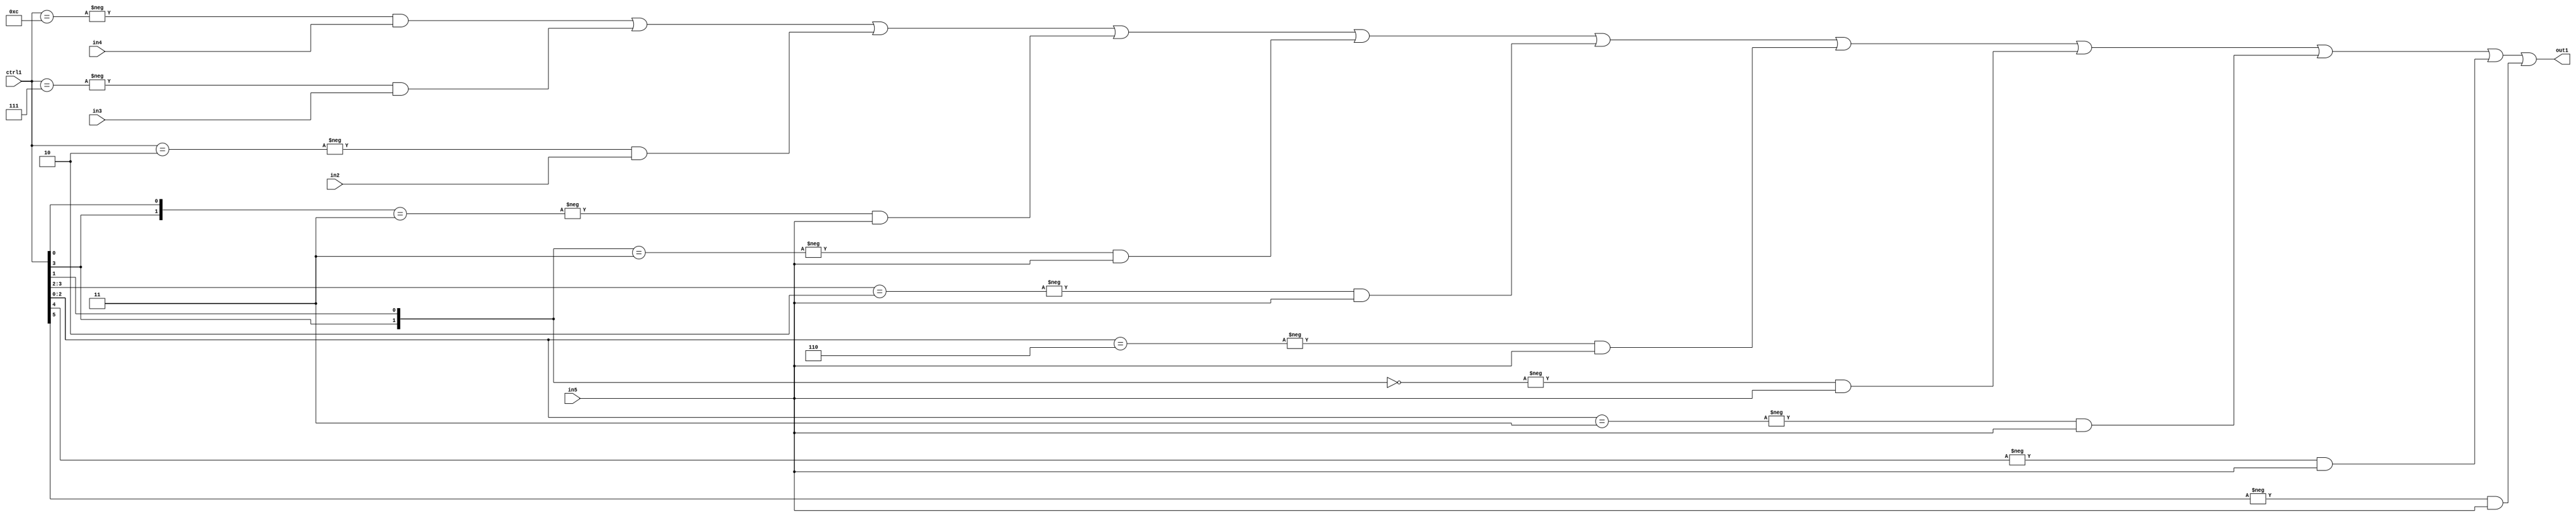
`timescale 1ps / 1ps
/*****************************************************************************
    Verilog RTL Description
    
    
    Created by: Stratus DpOpt 21.05.01 
*******************************************************************************/

module SobelFilter_N_Mux_32_4_49_4 (
	in5,
	in4,
	in3,
	in2,
	ctrl1,
	out1
	); /* architecture "behavioural" */ 
input [31:0] in5;
input [8:0] in4,
	in3,
	in2;
input [5:0] ctrl1;
output [31:0] out1;
wire [31:0] asc001;

assign asc001 = 
	-{ctrl1 == 6'B001100} & in4 |
	-{ctrl1 == 6'B000111} & in3 |
	-{ctrl1 == 6'B000010} & in2 |
	-{{ctrl1[3], ctrl1[0]} == 2'B11} & in5 |
	-{{ctrl1[3], ctrl1[1]} == 2'B11} & in5 |
	-{ctrl1[3:2] == 2'B10} & in5 |
	-{ctrl1[2:0] == 3'B110} & in5 |
	-{{ctrl1[3], ctrl1[1]} == 2'B00} & in5 |
	-{ctrl1[2:0] == 3'B011} & in5 |
	-{ctrl1[4] == 1'B1} & in5 |
	-{ctrl1[5] == 1'B1} & in5 ;

assign out1 = asc001;
endmodule

/* CADENCE  vbD4TQA= : u9/ySxbfrwZIxEzHVQQV8Q== ** DO NOT EDIT THIS LINE ******/